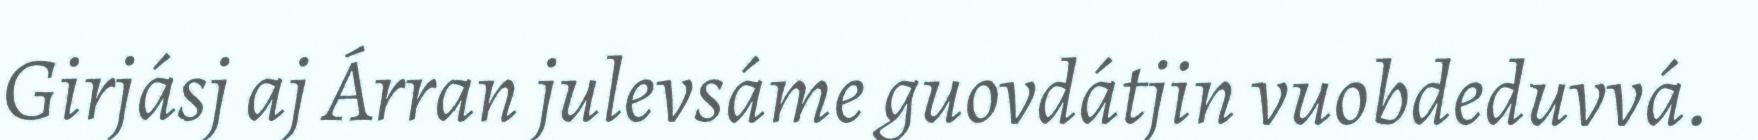
Girjásj aj Árran julevsáme guovdátjin vuobdeduvvá.